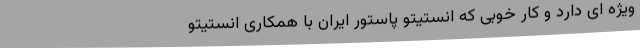
ویژه ای دارد و کار خوبی که انستیتو پاستور ایران با همکاری انستیتو